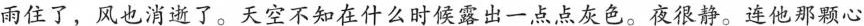
雨住了，风也消逝了。天空不知在什么时候露出一点点灰色。夜很静。连他那颗心